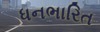
ધનભારિત